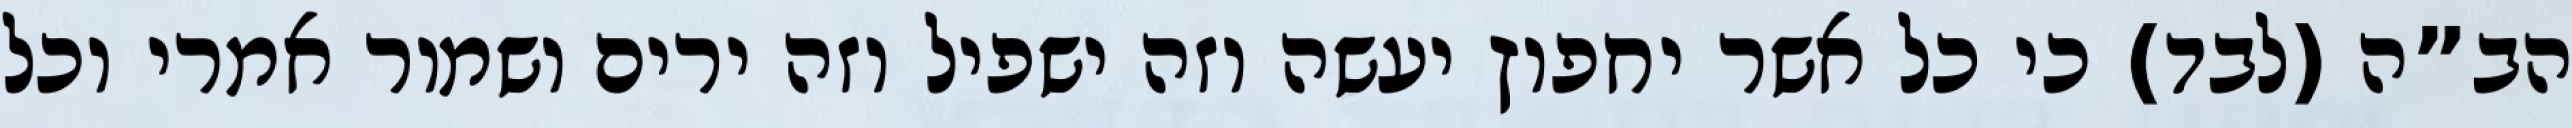
הב”ה (לבד) כי כל אשר יחפוץ יעשה וזה ישפיל וזה ירים ושמור אמרי וכל